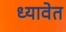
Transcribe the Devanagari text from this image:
ध्यावेत